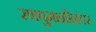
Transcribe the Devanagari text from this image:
रणधुमाळीनंतर